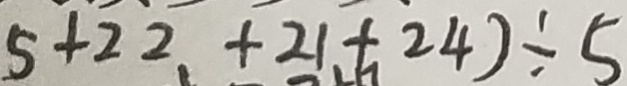
5 + 2 2 + 2 1 + 2 4 ) \div 5